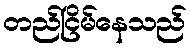
တည်ငြိမ်နေသည်